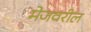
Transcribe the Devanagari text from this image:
मेजवरील